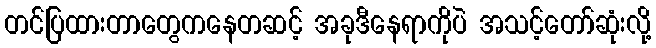
တင်ပြထားတာတွေကနေတဆင့် အခုဒီနေရာကိုပဲ အသင့်တော်ဆုံးလို့